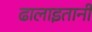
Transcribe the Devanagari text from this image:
ढालाइतानी